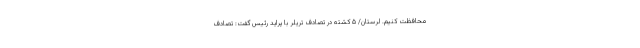
محافظت کنیم. لرستان/ ۵ کشته در تصادف تریلر با پراید رئیس گفت: تصادف